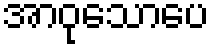
အာဝုသောပေ